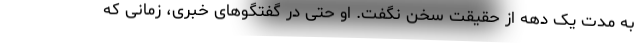
به مدت یک دهه از حقیقت سخن نگفت. او حتی در گفتگو‌های خبری، زمانی که